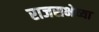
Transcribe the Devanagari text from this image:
राजसभेच्या